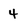
Character: 4